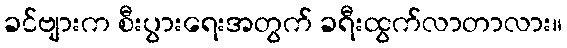
ခင်ဗျားက စီးပွားရေးအတွက် ခရီးထွက်လာတာလား။